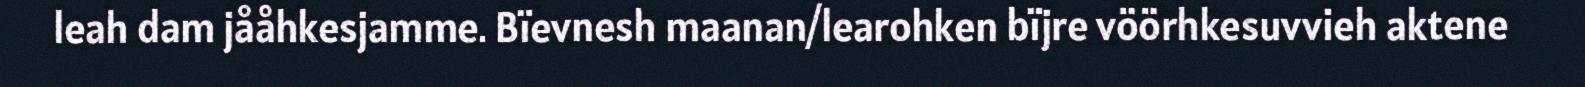
leah dam jååhkesjamme. Bïevnesh maanan/learohken bïjre vöörhkesuvvieh aktene